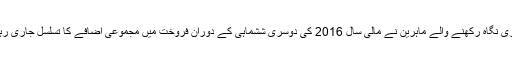
گاڑیوں کے شعبے پر گہری نگاہ رکھنے والے ماہرین نے مالی سال 2016 کی دوسری ششماہی کے دوران فروخت میں مجموعی اضافے کا تسلسل جاری رہنے کی امید ظاہر کی ہے۔